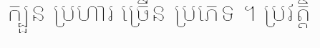
ក្បួន ប្រហារ ច្រើន ប្រភេទ ។ ប្រវត្តិ